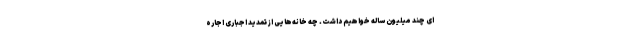
ای چند میلیون ساله خواهیم داشت. چه خانه‌هایی از تمدید اجباری اجاره